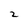
Character: 2